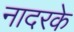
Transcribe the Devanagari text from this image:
नादरके